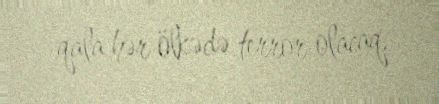
qala hər ölkədə terror olacaq.